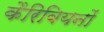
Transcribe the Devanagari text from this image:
कैरिबियनों